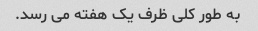
به طور کلی ظرف یک هفته می رسد.